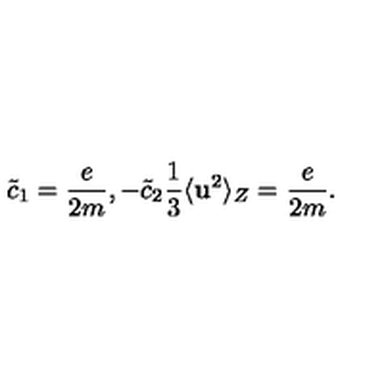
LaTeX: \tilde { c } _ { 1 } = \frac { e } { 2 m } , - \tilde { c } _ { 2 } \frac { 1 } { 3 } \langle { \bf { u } } ^ { 2 } \rangle _ { Z } = \frac { e } { 2 m } .